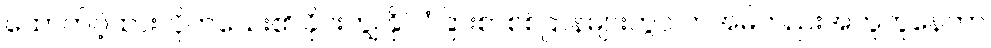
ထောက်ပံ့ထားလိုက်သေး၏ ခိုင်းကျွဲ နိုင်ငံခြားစာစစ်ဌာနများတွင် တအိမ်တည်းအတူတူနေတာ